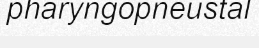
pharyngopneustal